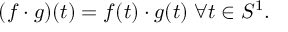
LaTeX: ( f \cdot g ) ( t ) = f ( t ) \cdot g ( t ) \; \forall t \in S ^ { 1 } .